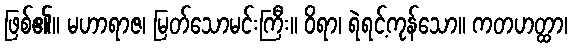
ဖြစ်၏။ မဟာရာဇ၊ မြတ်သောမင်းကြီး။ ဝိရာ၊ ရဲရင့်ကုန်သော။ ကတဟတ္ထာ၊